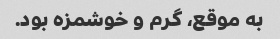
به موقع، گرم و خوشمزه بود.